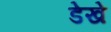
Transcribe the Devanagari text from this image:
डेखे